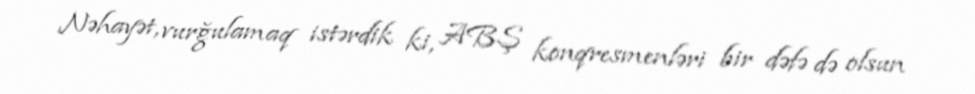
Nəhayət, vurğulamaq istərdik ki, ABŞ konqresmenləri bir dəfə də olsun